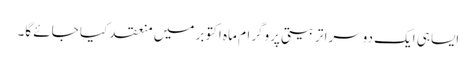
ایساہی ایک دوسرا تربیتی پروگرام ماہ اکتوبر میں منعقد کیا جائے گا۔